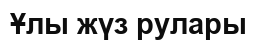
Ұлы жүз рулары